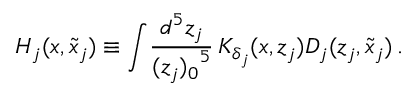
H _ { j } ( x , \tilde { x } _ { j } ) \equiv \int \! \frac { d ^ { 5 } z _ { j } } { { ( z _ { j } ) _ { 0 } } ^ { 5 } } \, K _ { \delta _ { j } } ( x , z _ { j } ) D _ { j } ( z _ { j } , \tilde { x } _ { j } ) \, .